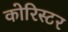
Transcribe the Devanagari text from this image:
कोरिस्टर